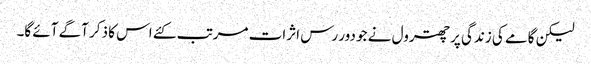
لیکن گامے کی زندگی پر چھترول نے جو دور رس اثرات مرتب کئے اس کا ذکر آگے آئے گا۔